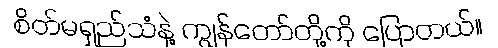
စိတ်မရှည်သံနဲ့ ကျွန်တော်တို့ကို ပြောတယ်။